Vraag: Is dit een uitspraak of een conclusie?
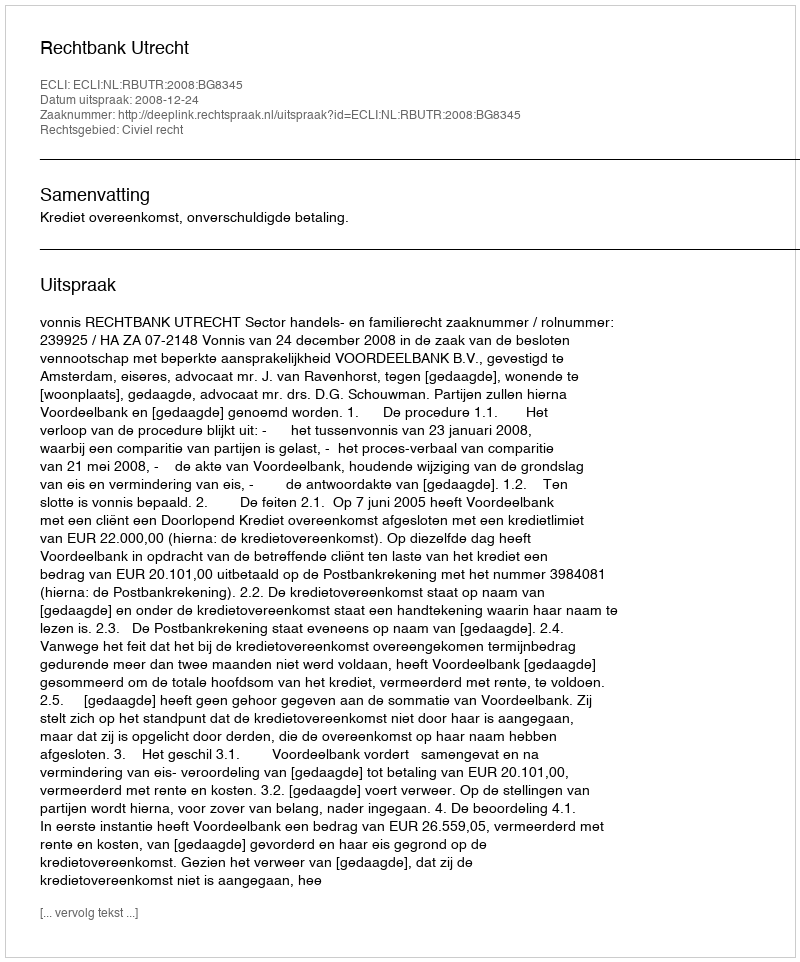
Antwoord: Uitspraak